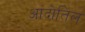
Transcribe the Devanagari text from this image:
आंदोतिल